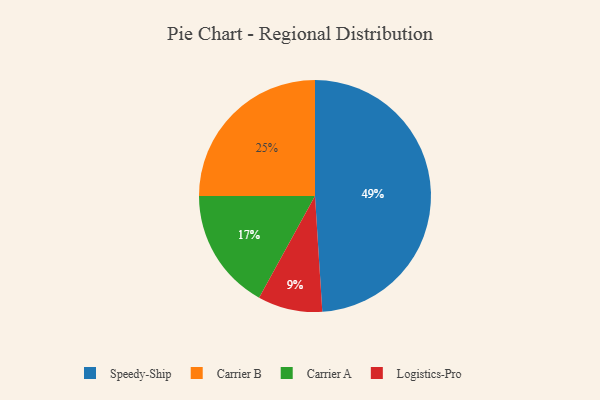
{"axis": {"x": "Category", "y": "Percentage"}, "legend": ["Carrier A", "Carrier B", "Logistics-Pro", "Speedy-Ship"], "data": [{"x": "Logistics-Pro", "y": 9, "type": "Logistics-Pro"}, {"x": "Carrier B", "y": 25, "type": "Carrier B"}, {"x": "Speedy-Ship", "y": 49, "type": "Speedy-Ship"}, {"x": "Carrier A", "y": 17, "type": "Carrier A"}]}